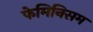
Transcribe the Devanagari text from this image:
फेमिनिसम